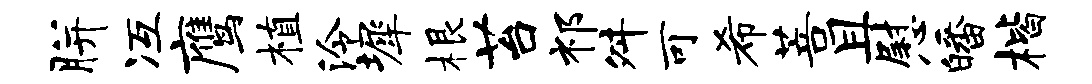
胼冱鹰植泠墀根苔祁舛可希菩且慰皤楷